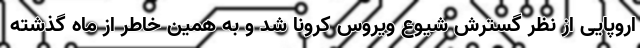
اروپایی از نظر گسترش شیوع ویروس کرونا شد و به همین خاطر از ماه گذشته